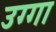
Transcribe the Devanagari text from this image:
उग्गा